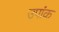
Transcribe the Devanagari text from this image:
उपांक